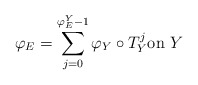
\begin{align*}\varphi_{E}=\sum_{j=0}^{\varphi_{E}^{Y}-1}\varphi_{Y}\circ T_{Y}^{j}\text{on }Y\end{align*}